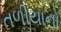
તળીયાનો